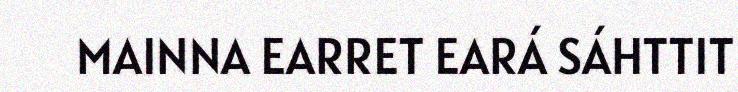
MAINNA EARRET EARÁ SÁHTTIT